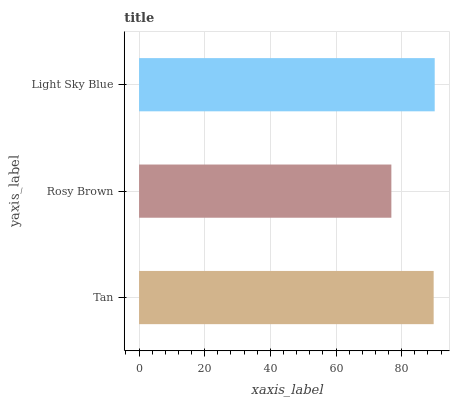
| yaxis_label | bars |
 | --- | --- |
 | Tan | 89.7 |
 | Rosy Brown | 76.9 |
 | Light Sky Blue | 90.1 |